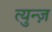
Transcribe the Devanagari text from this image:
त्युन्ज़